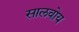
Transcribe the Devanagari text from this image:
सालवोय